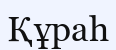
Құраһ